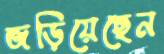
জড়িয়েছেন